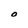
Character: O